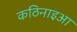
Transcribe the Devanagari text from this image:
कठिनाइआ